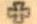
+